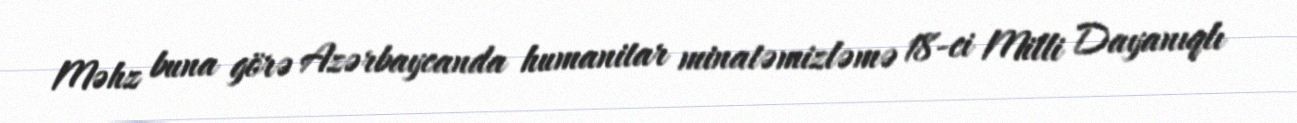
Məhz buna görə Azərbaycanda humanitar minatəmizləmə 18-ci Milli Dayanıqlı